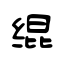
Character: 绲